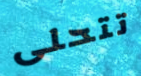
تتحلى